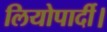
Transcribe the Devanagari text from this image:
लियोपार्दी।